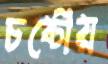
চষ্টোয়